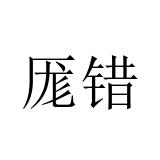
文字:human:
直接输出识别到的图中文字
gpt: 厖错